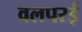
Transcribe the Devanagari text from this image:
वलपरई